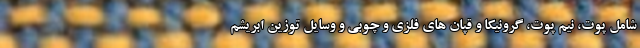
شامل پوت، نیم پوت، گرونیکا و قپان های فلزی و چوبی و وسایل توزین ابریشم